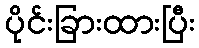
ပိုင်းခြားထားပြီး